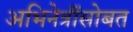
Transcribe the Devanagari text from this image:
अभिनेत्रींसोबत